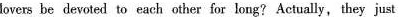
lovers be devoted to each other for long? Actually,they just